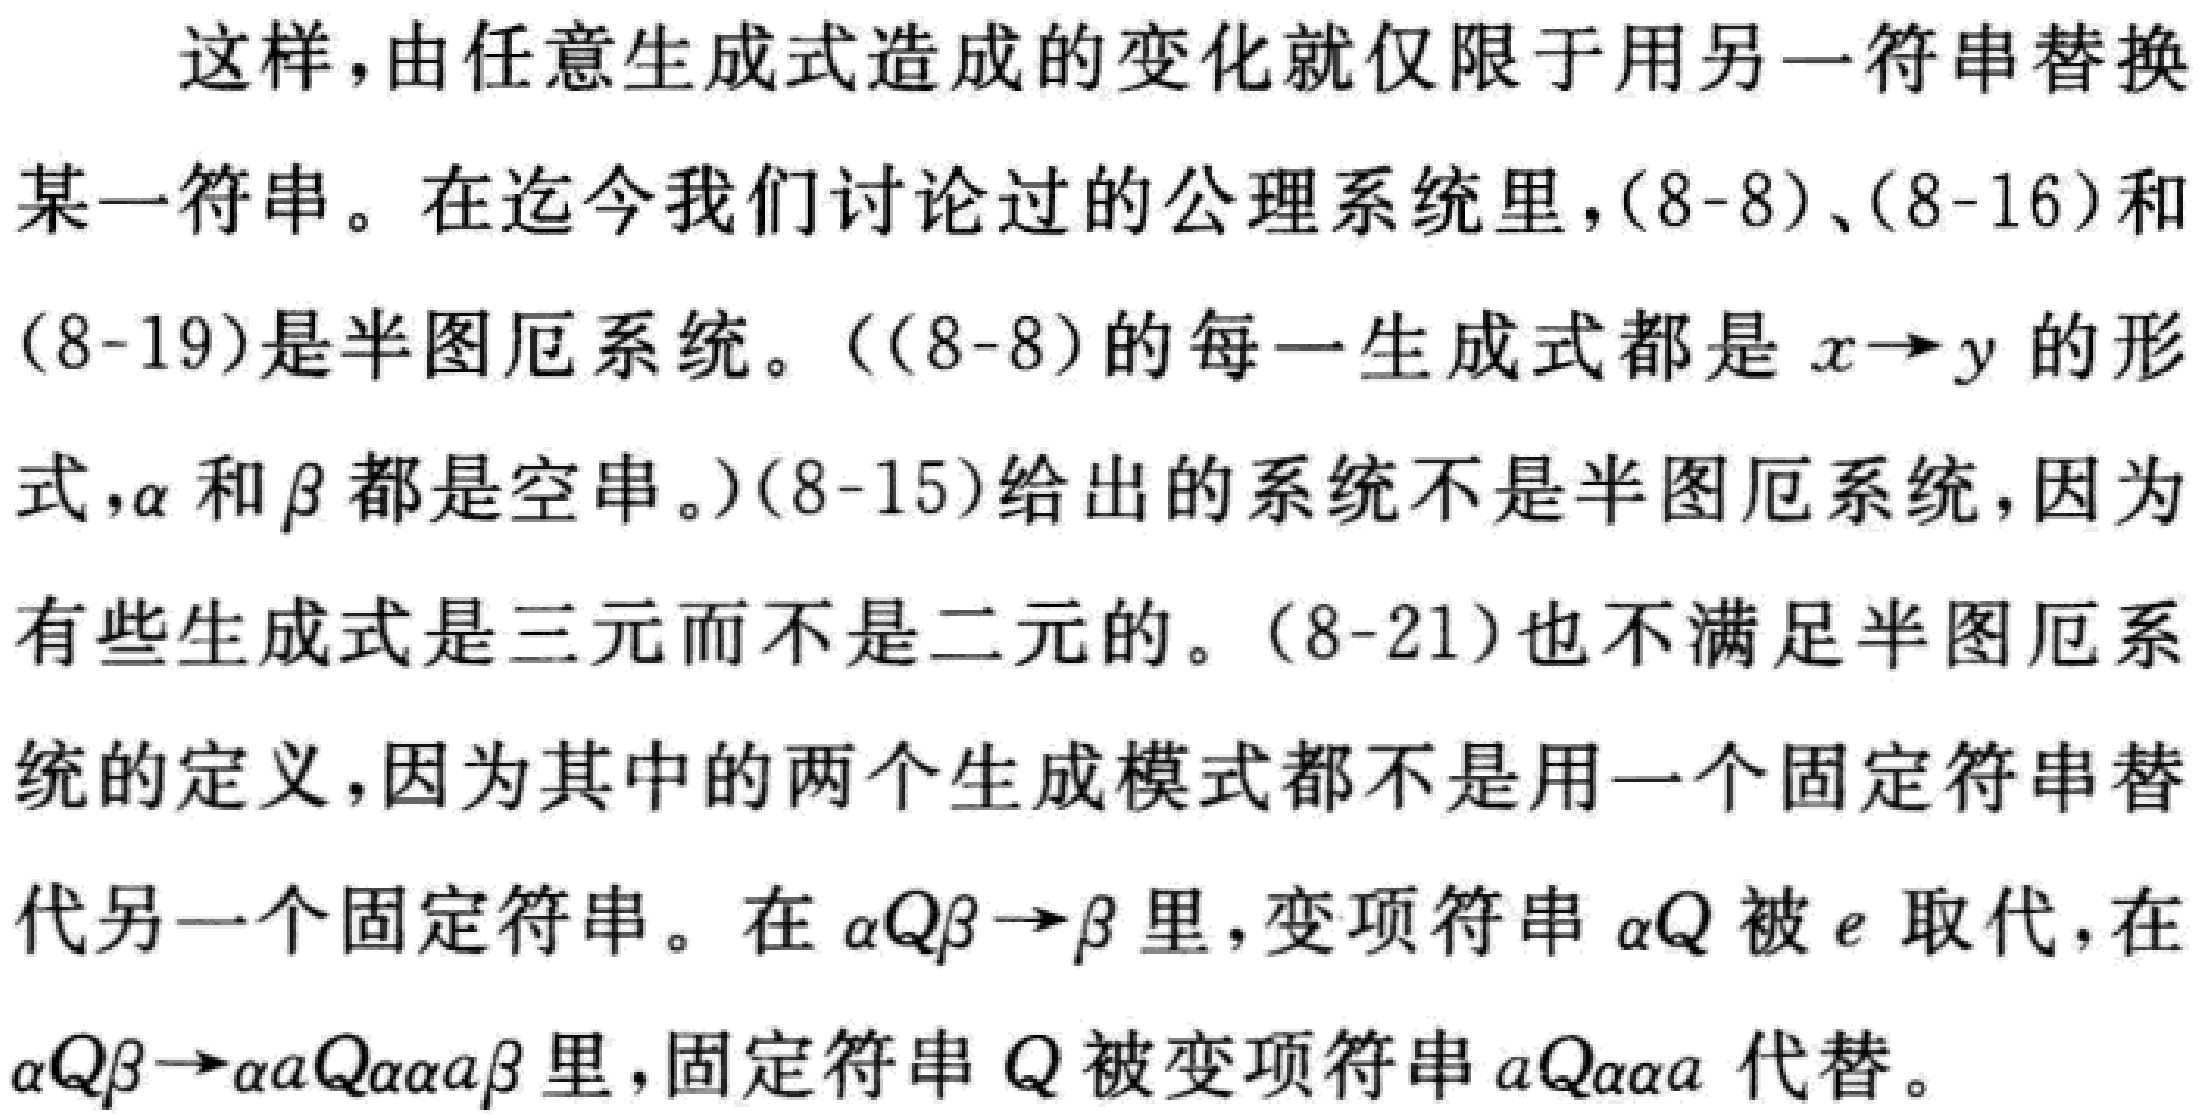
这样，由任意生成式造成的变化就仅限于用另一符串替换

某一符串。在迄今我们讨论过的公理系统里，(8-8)、(8-16)和

(8-19)是半图厄系统。（(8-8)的每一生成式都是\(x\rightarrow y\)的形

式，\(\alpha\)和\(\beta\)都是空串。）(8-15)给出的系统不是半图厄系统，因为

有些生成式是三元而不是二元的。(8-21)也不满足半图厄系

统的定义，因为其中的两个生成模式都不是用一个固定符串替

代另一个固定符串。在\(\alpha Q\beta\rightarrow\beta\)里，变项符串\(\alpha Q\)被\(e\)取代，在

\(\alpha Q\beta\rightarrow\alpha\alpha Q\alpha\alpha\alpha\beta\)里，固定符串\(Q\)被变项符串\(aQ\alpha\alpha\alpha\) 代替。